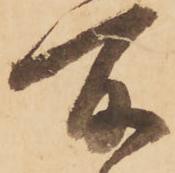
所